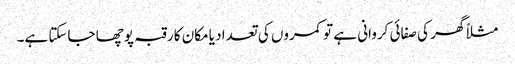
مثلاً گھر کی صفائی کروانی ہے تو کمروں کی تعداد یا مکان کا رقبہ پوچھا جاسکتا ہے۔